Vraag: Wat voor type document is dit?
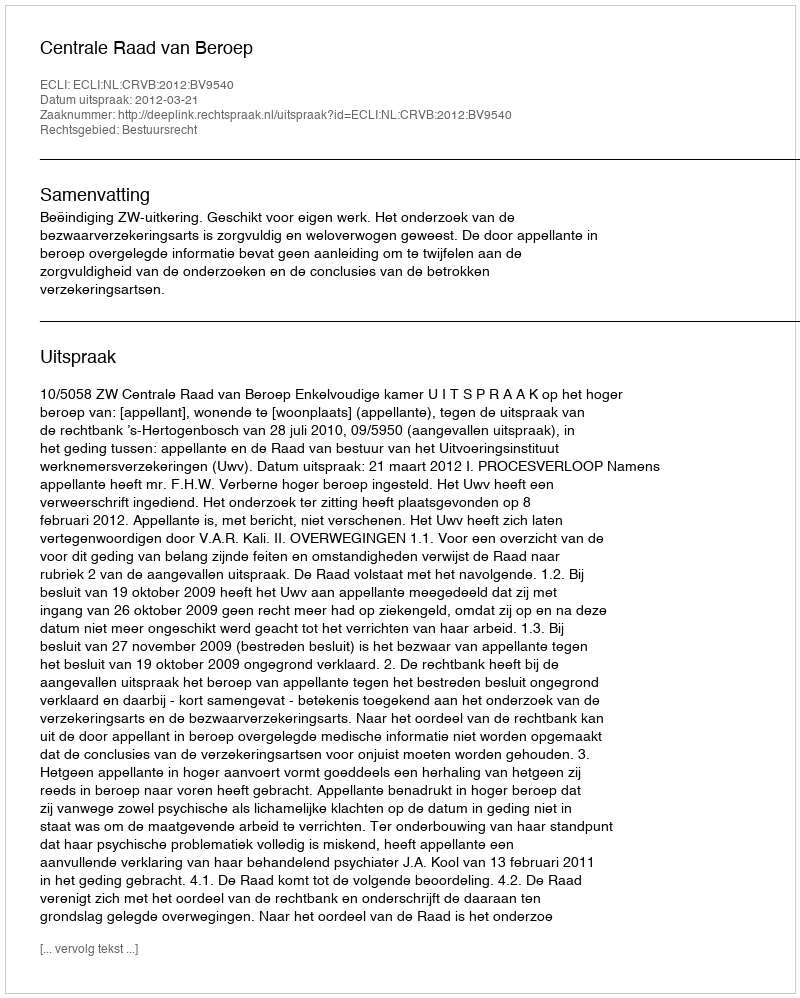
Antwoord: Uitspraak